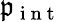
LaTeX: \mathfrak{p}_{\mathrm{{~i~n~t~}}}